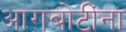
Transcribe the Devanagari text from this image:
आगबोटींना